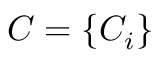
C = \{ C _ { i } \}